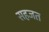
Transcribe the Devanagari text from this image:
सहजत